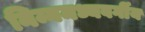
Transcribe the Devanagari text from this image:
निम्नमध्यवर्गीय